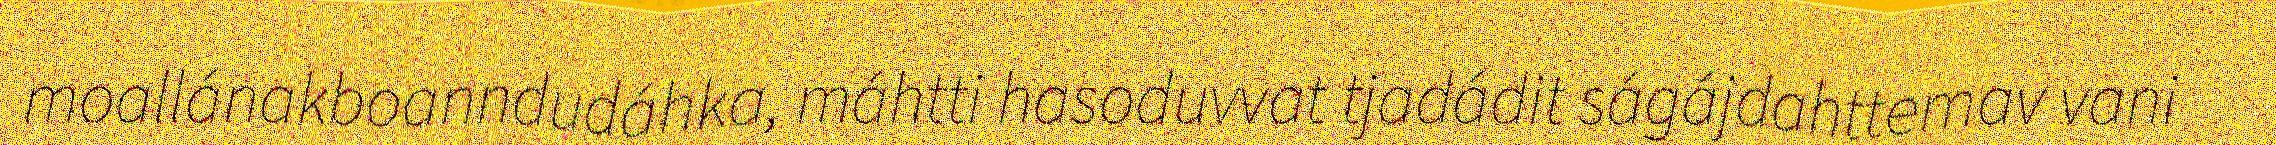
moallánakboanndudáhka, máhtti hasoduvvat tjadádit ságájdahttemav vani